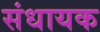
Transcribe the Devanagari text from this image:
संधायक